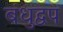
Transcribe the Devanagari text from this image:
बंधुद्वप